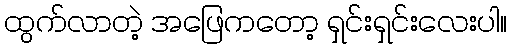
ထွက်လာတဲ့ အဖြေကတော့ ရှင်းရှင်းလေးပါ။